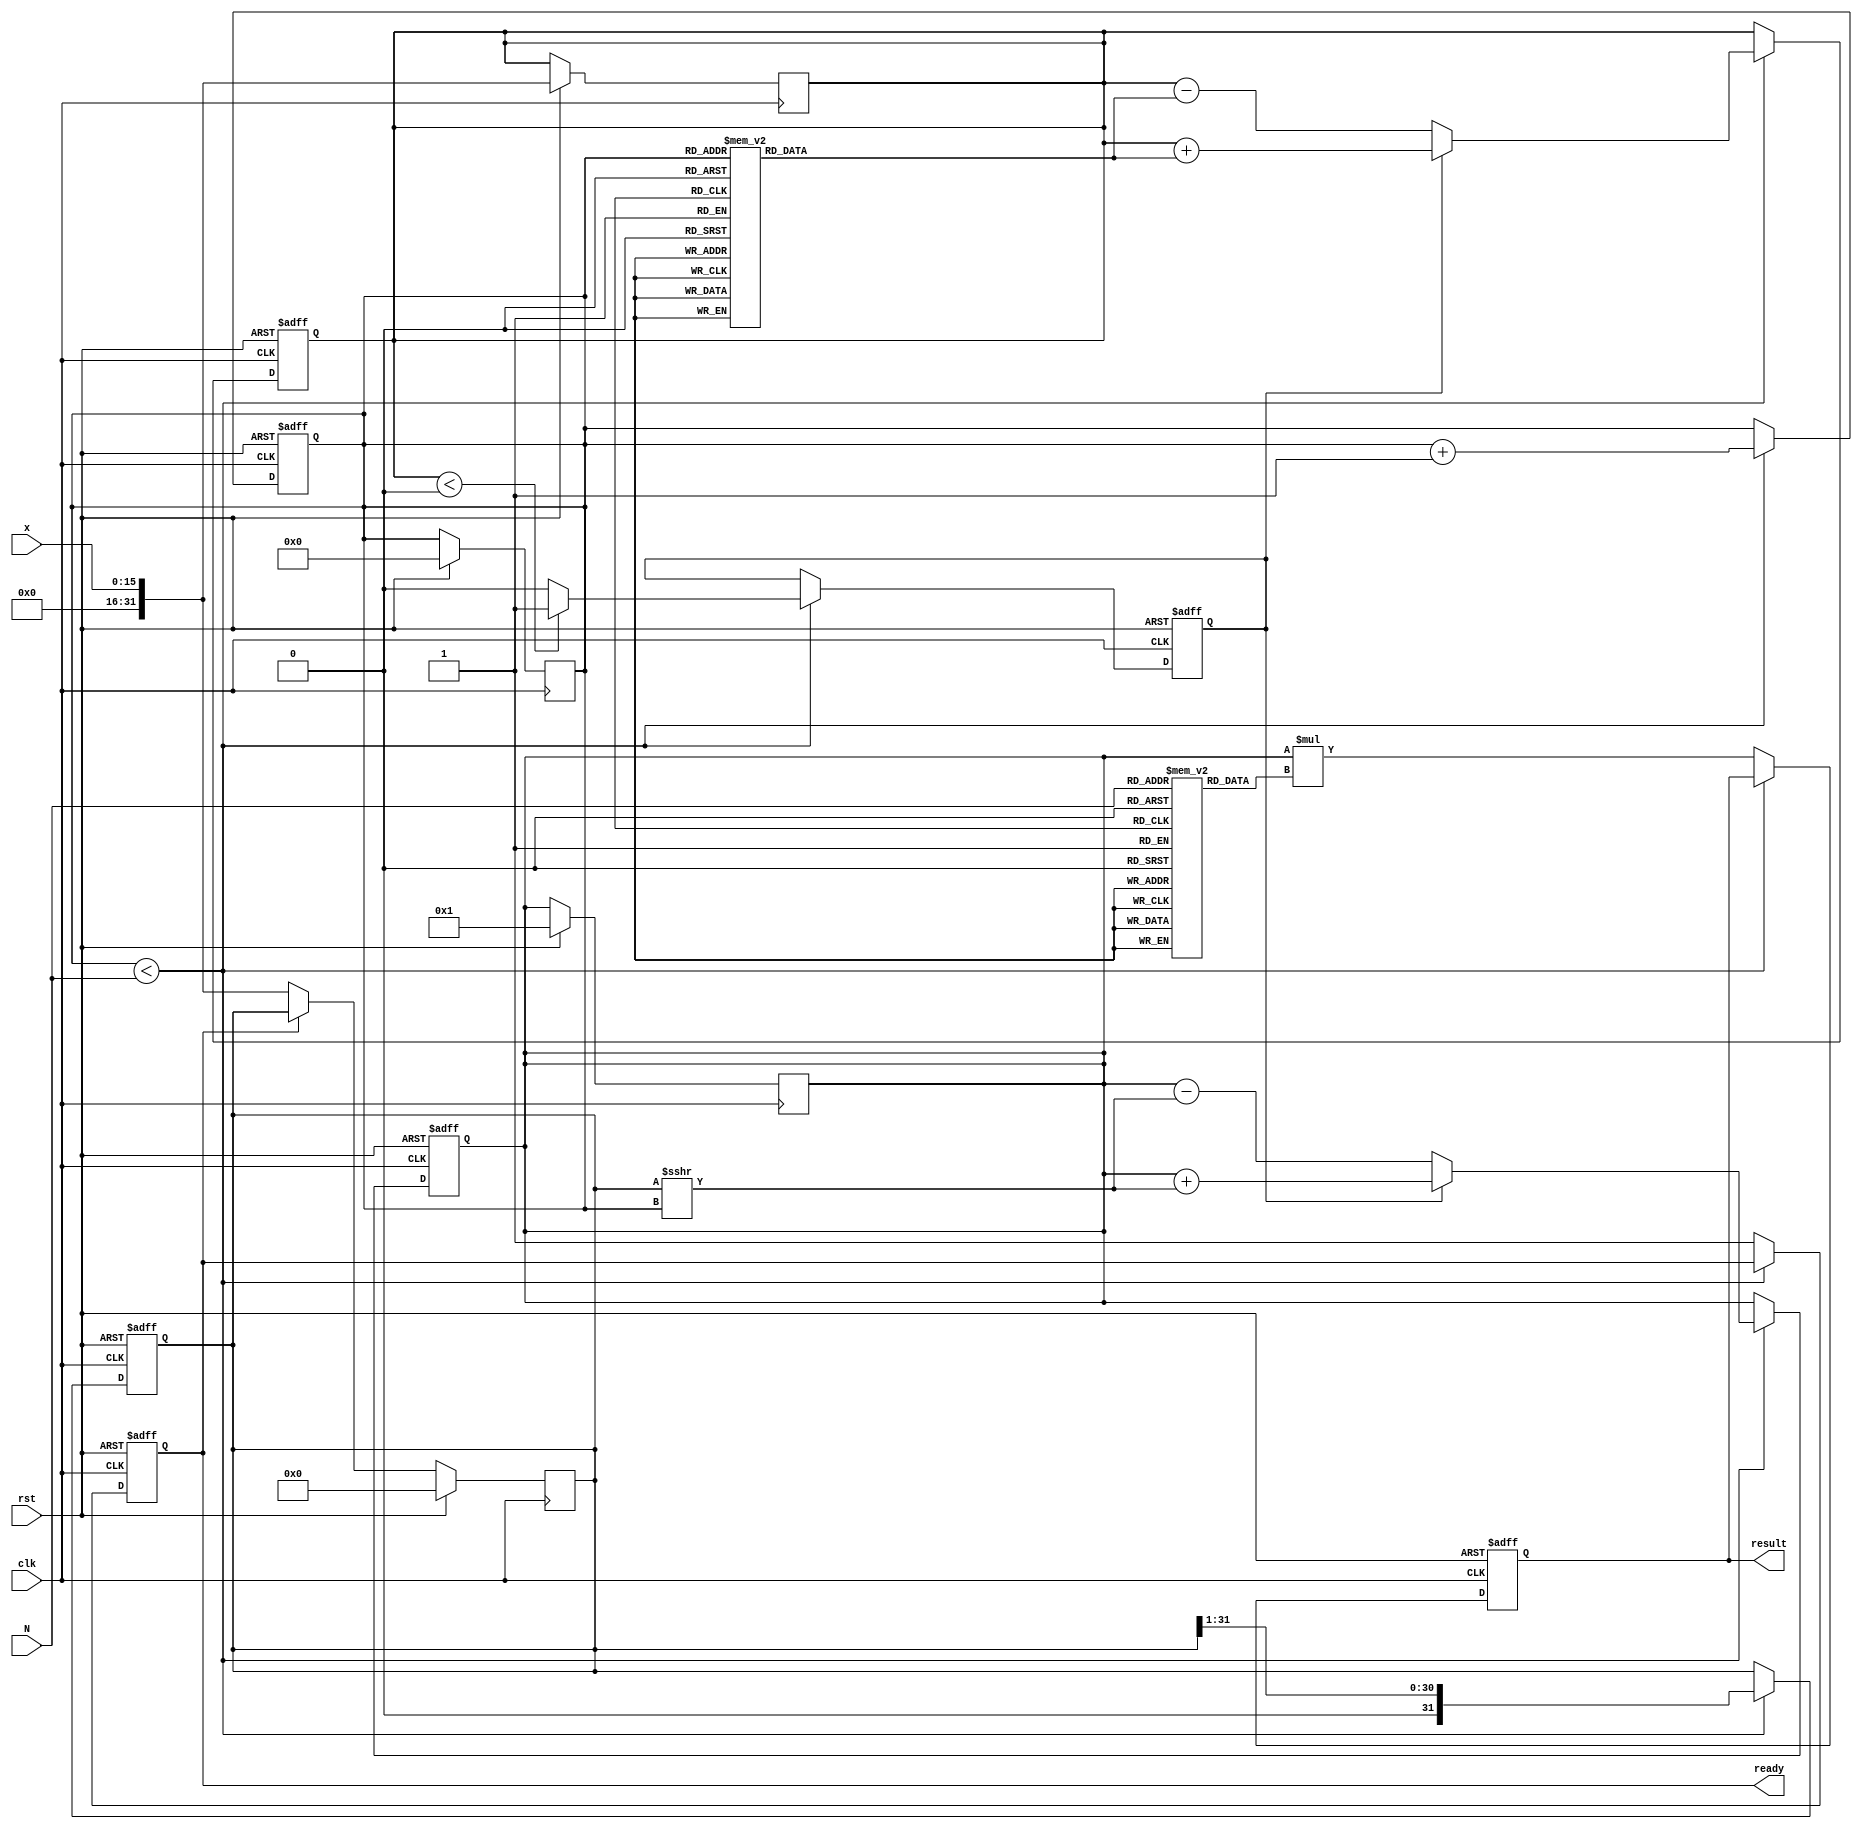
module cordic_exponential (
    input wire clk,
    input wire rst,
    input wire [15:0] x,      // Input value for which e^x is calculated
    input wire [4:0] N,       // Number of iterations
    output reg [31:0] result,  // Result of e^x
    output reg ready           // Output ready signal
);

    // Constants for CORDIC
    reg [31:0] K [0:31]; // Scaling factors
    reg [15:0] angle [0:31]; // Angles for CORDIC
    reg [31:0] z;        // Current value of x
    reg [31:0] y;        // Current value of y
    reg [31:0] x_curr;   // Current x value
    reg [4:0] i;         // Iteration counter
    reg direction;       // Rotation direction

    // Initialize constants
    initial begin
        K[0] = 32'h1_00000000; // K0 = 1.0
        K[1] = 32'hB17217F7; // K1 = 0.607252935
        K[2] = 32'h9B74C3A3; // K2 = 0.381773290
        K[3] = 32'h5A82799A; // K3 = 0.244140625
        // ... Initialize remaining K values ...
        // Initialize angles (in fixed-point format)
        angle[0] = 16'h0000; // atan(2^0)
        angle[1] = 16'h1C71; // atan(2^-1)
        angle[2] = 16'h0B72; // atan(2^-2)
        angle[3] = 16'h05B4; // atan(2^-3)
        // ... Initialize remaining angle values ...
    end

    // State machine for CORDIC iterations
    always @(posedge clk or posedge rst) begin
        if (rst) begin
            result <= 32'd0;
            ready <= 1'b0;
            x_curr <= 32'd0;
            y <= 32'd0;
            z <= 32'd0;
            i <= 5'd0;
            direction <= 1'b0;
        end else begin
            if (i < N) begin
                // CORDIC iteration
                direction <= (z < 0) ? 1'b1 : 1'b0; // Determine rotation direction
                if (direction) begin
                    // Counter-clockwise rotation
                    y <= y + (x_curr >>> i);
                    z <= z + angle[i];
                end else begin
                    // Clockwise rotation
                    y <= y - (x_curr >>> i);
                    z <= z - angle[i];
                end
                x_curr <= x_curr >>> 1; // Scale down x_curr
                i <= i + 1; // Increment iteration counter
            end else begin
                // Apply scaling factor
                result <= (y * K[N]); // Apply final scaling
                ready <= 1'b1; // Indicate output is ready
            end
        end
    end

    // Load input value and initialize variables
    always @(posedge clk) begin
        if (rst) begin
            x_curr <= 32'd0;
            y <= 32'd1; // Start with y=1 for e^x
            z <= x;     // Load x into z for processing
            i <= 5'd0;  // Reset iteration counter
        end else if (!ready) begin
            x_curr <= x; // Load the initial x value
        end
    end
endmodule